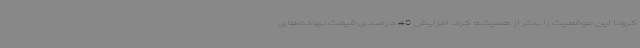
کرونا این موقعیت را بدتر از همیشه کرد. افزایش 40 درصدی قیمت نهاده‌های